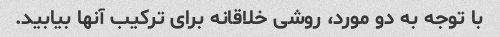
با توجه به دو مورد، روشی خلاقانه برای ترکیب آنها بیابید.